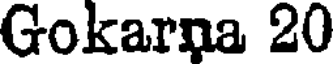
Gokarna 20